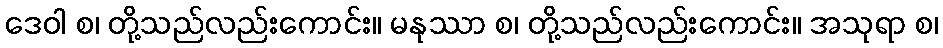
ဒေဝါ စ၊ တို့သည်လည်းကောင်း။ မနုဿာ စ၊ တို့သည်လည်းကောင်း။ အသုရာ စ၊